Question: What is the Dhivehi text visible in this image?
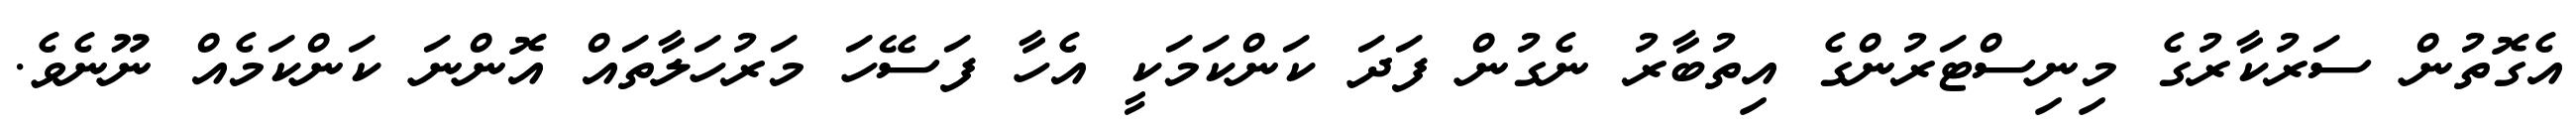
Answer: އެގޮތުން ސަރުކާރުގެ މިނިސްޓަރުންގެ އިތުބާރު ނެގުން ފަދަ ކަންކަމަކީ އެހާ ފަސޭހަ މަރުހަލާތައް އޮންނަ ކަންކަމެއް ނޫނެވެ.